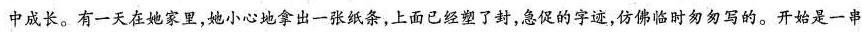
中成长。有一天在她家里，她小心地拿出一张纸条，上面已经塑了封，急促的字迹，佛临时匆匆写的。开始是一串